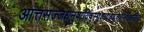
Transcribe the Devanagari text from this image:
आत्तसज्जधनुषाविषुस्पृशावक्षयाशुगनिषङ्गसङ्गिनौ।